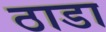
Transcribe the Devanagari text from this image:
ठाडा